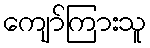
ကျော်ကြားသူ